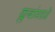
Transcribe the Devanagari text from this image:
क्लबांमध्ये